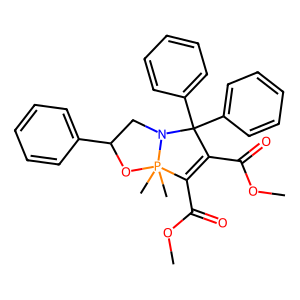
SMILES: COC(=O)C1=C(C(=O)OC)P2(C)(C)OC(c3ccccc3)CN2C1(c1ccccc1)c1ccccc1
Inhibits HIV replication: No